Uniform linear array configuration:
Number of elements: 16
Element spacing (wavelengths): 1
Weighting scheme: exponential
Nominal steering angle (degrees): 0
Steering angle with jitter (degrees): -1.704
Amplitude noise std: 0.05
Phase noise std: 0.05

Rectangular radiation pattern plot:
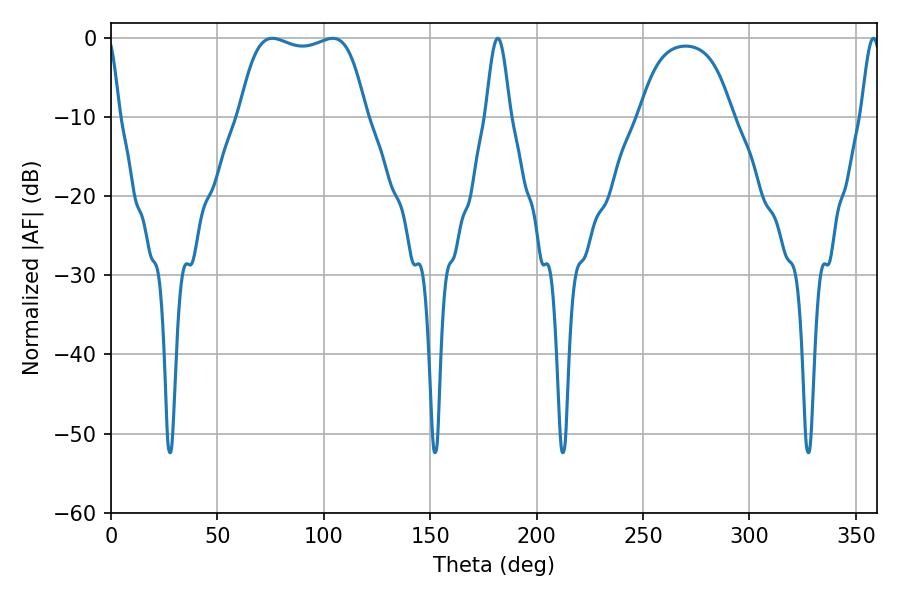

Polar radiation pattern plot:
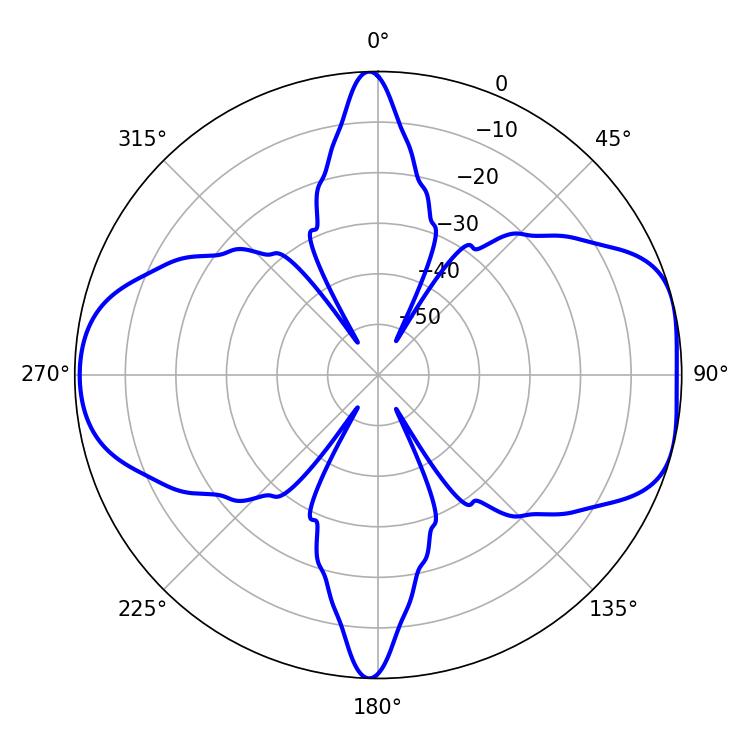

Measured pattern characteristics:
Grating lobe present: TRUE
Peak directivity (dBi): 7.617
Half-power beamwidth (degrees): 47.52
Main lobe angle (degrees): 75.78